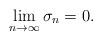
LaTeX: \begin{align*}\lim_{n\to \infty}\sigma_n=0 .\end{align*}